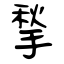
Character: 揫